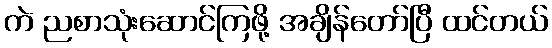
ကဲ ညစာသုံးဆောင်ကြဖို့ အချိန်တော်ပြီ ထင်တယ်